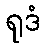
ရုဒံ